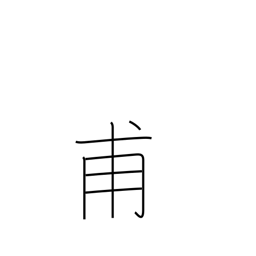
Meaning: for the first time